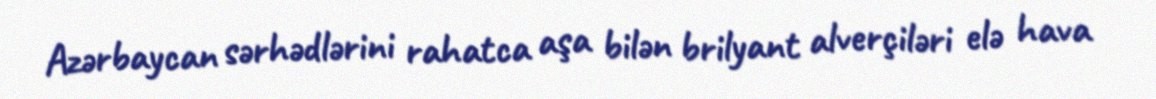
Azərbaycan sərhədlərini rahatca aşa bilən brilyant alverçiləri elə hava